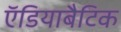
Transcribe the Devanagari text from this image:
ऍडियाबैटिक